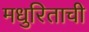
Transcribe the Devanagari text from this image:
मधुरिताची